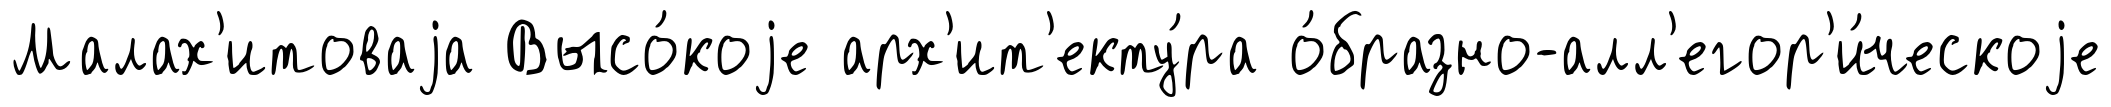
Малах'итоваjа Высо́коjе арх'ит'екту́ра о́бразно-алл'егор'и́ческоjе